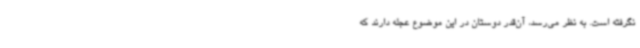
نگرفته است. به نظر می‌رسد، آن‌قدر دوستان در این موضوع عجله دارند که